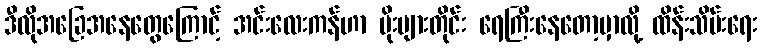
ဒီလိုအခြေအနေတွေကြောင့် အင်းလေးကန်ဟာ မိုးများတိုင်း ရေကြီးနေတော့မှာလို့ ထိန်းသိမ်းရေး